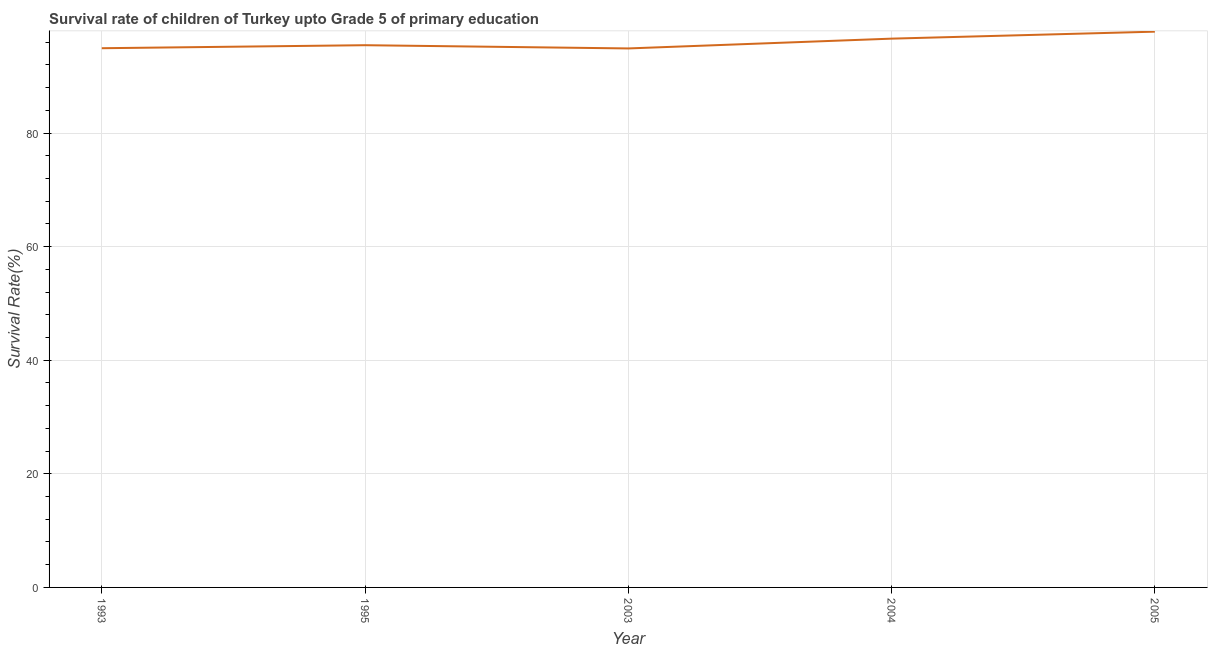
| Year | Survival rate |
 | --- | --- |
 | 1993 | 94.9 |
 | 1995 | 95.5 |
 | 2003 | 94.9 |
 | 2004 | 96.6 |
 | 2005 | 97.8 |